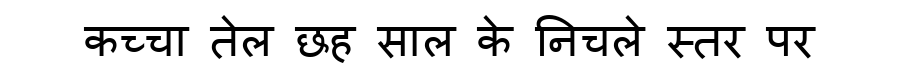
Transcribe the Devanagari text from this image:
कच्चा तेल छह साल के निचले स्तर पर